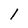
Character: 1